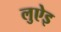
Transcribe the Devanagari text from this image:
लुऐइ